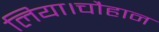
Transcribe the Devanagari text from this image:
लिया।चौहान